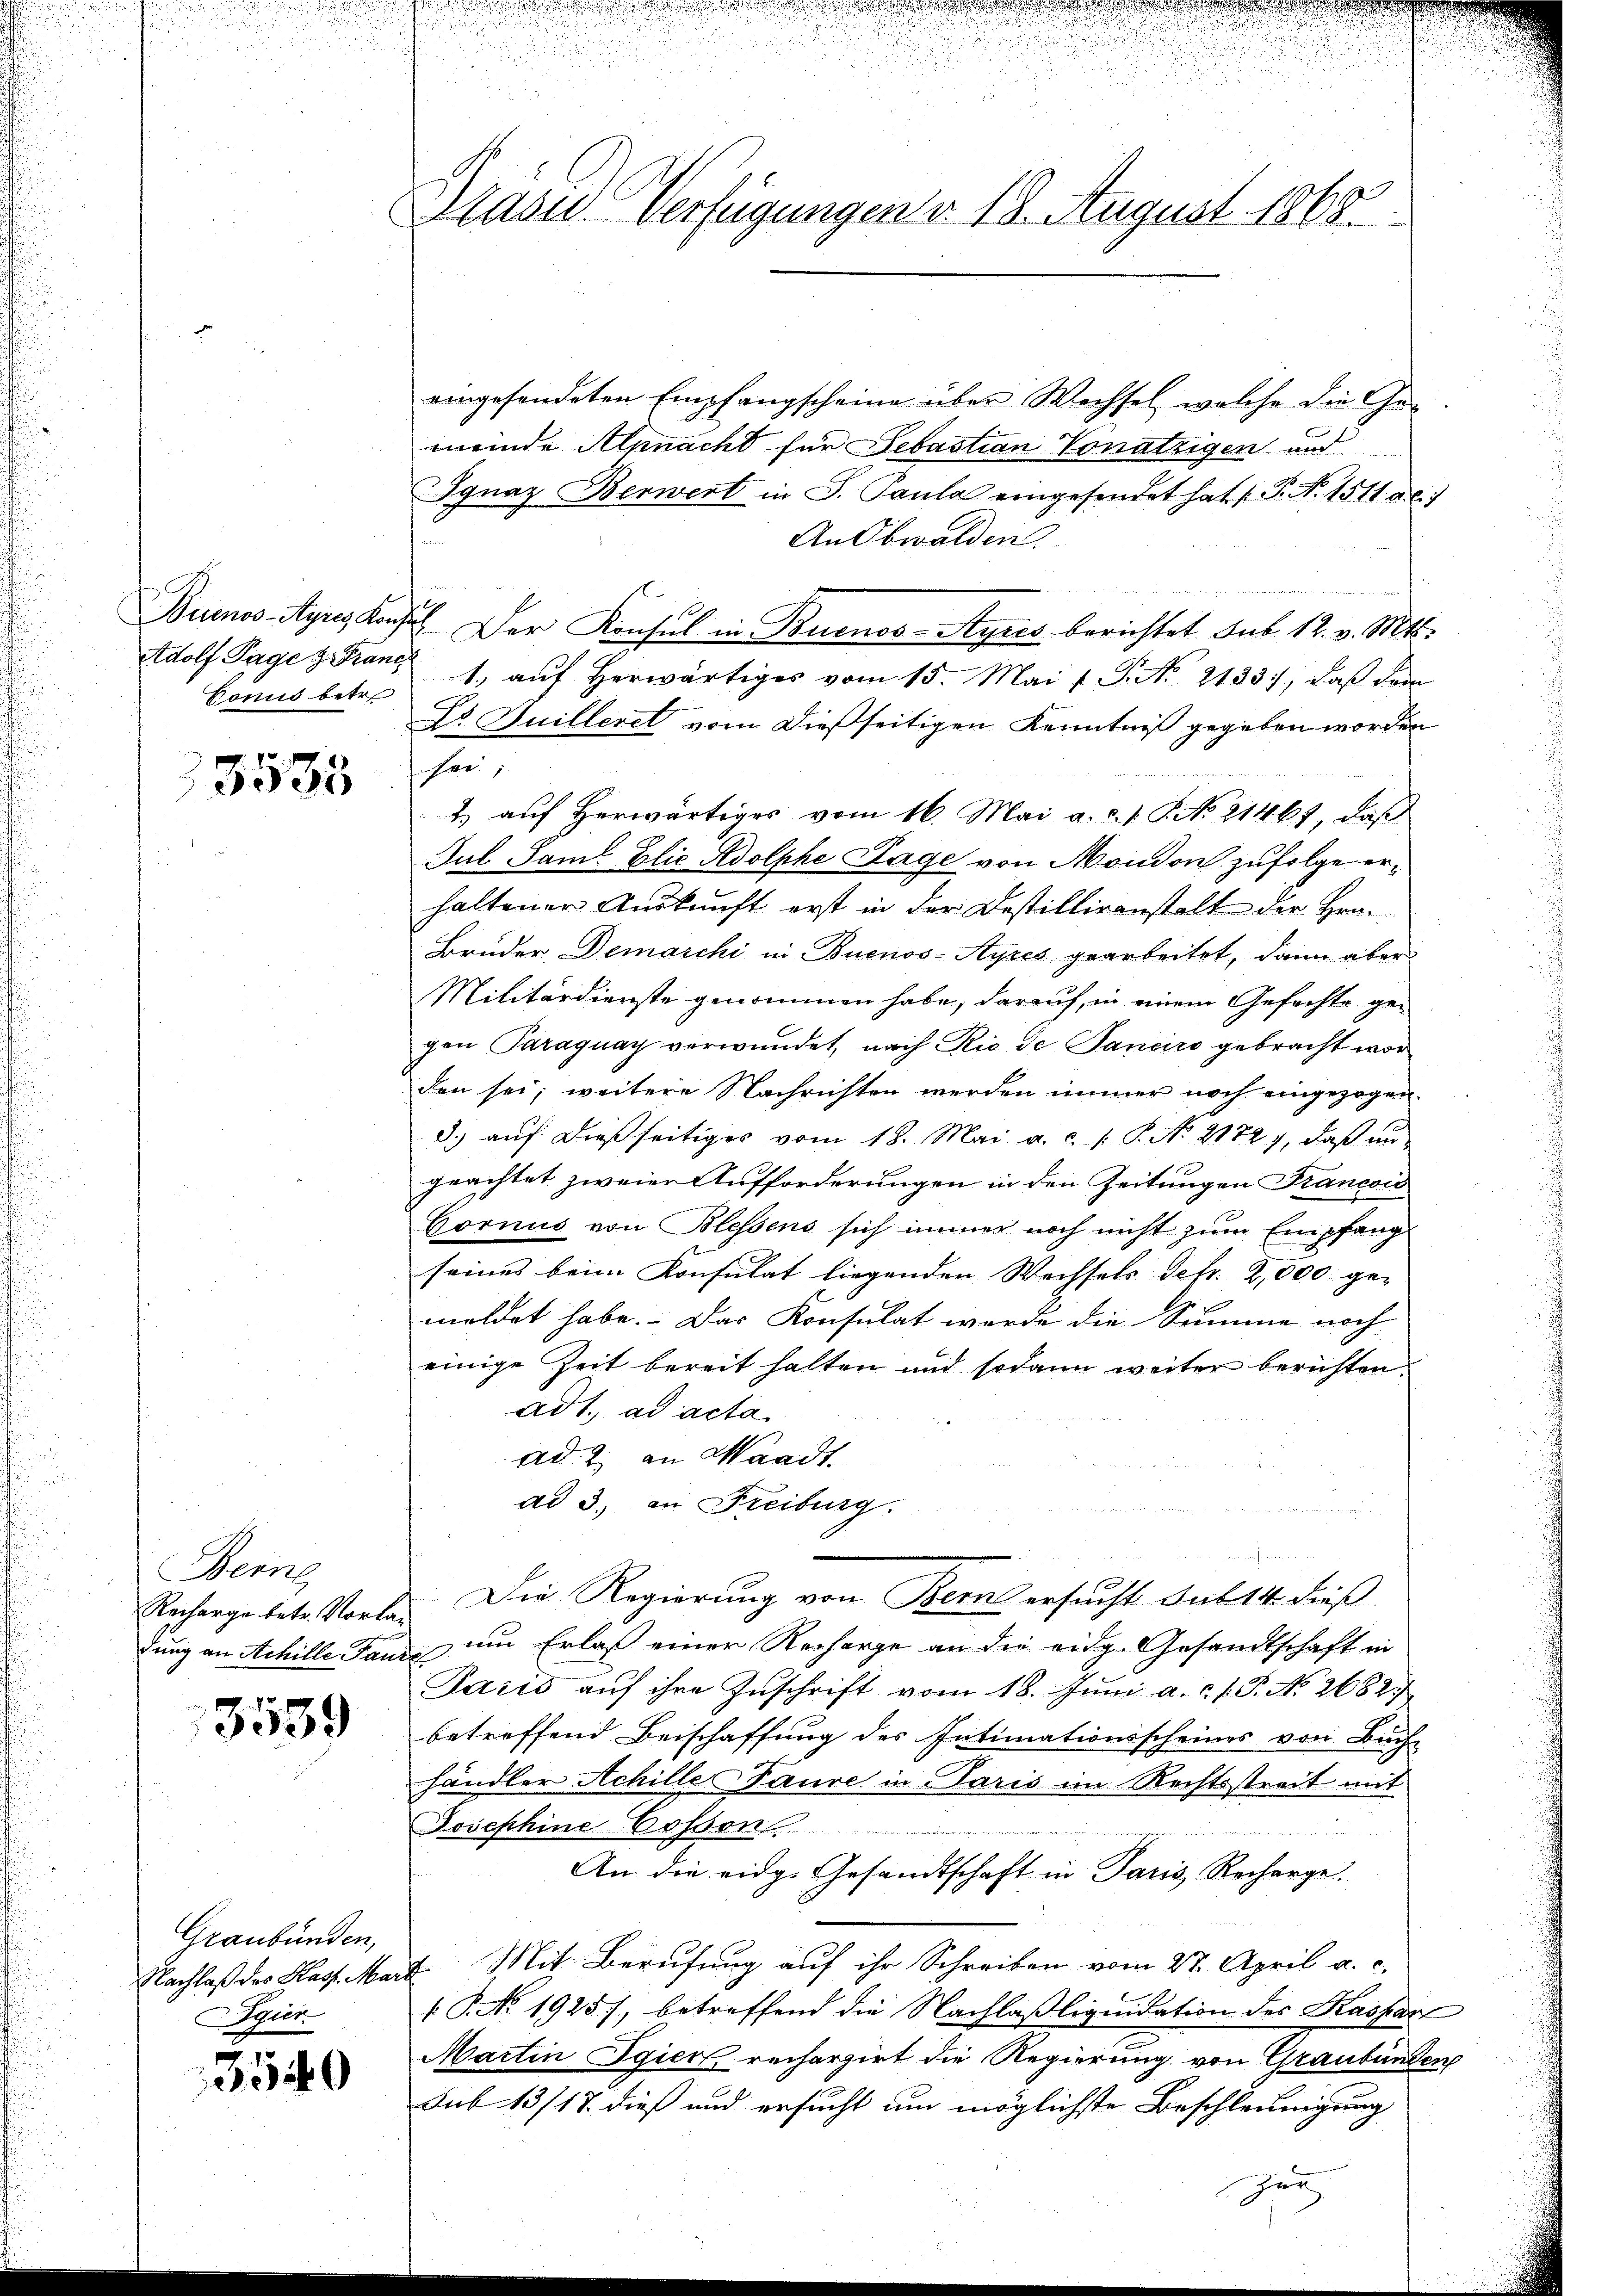
Buenos-Ayres Konfe
Adolf Tage z. Francs
Vonis betr.

3533

Wem
Recharge betr. Vorladung an Achille Paure

3539

Graubünden,
Nachlaß des Pass. Mart
Seien

3540

Präsid Verfügungen v. 18. August 1868.

eingefandeten Empfangscheine über Wechsel, welche die Ge-
meinde Annacht für Sebastian Vonätzigen und
Ignaz Berwert in S. Paula eingesendet hat P. N. 1511 Al. 1
An Obwalden.
8. Der Konsul in Buenos-Ayris berichtet sub 12. v. Mts.
1. aŭf herwärtiges vom 15. Mai 1 S. No. 2133), daß dem
Dr. Guilleret von dießseitigen Kenntniß gegeben worden

2) auf herwärtiges vom 16. Mai a.c. s. S. No 21467, daß
Jul. Samt Elie Adolphe Lage von Mondon zufolge erhaltenen Auskunft erst in der Destilliranstalt der Hrn.
Bruder Demarchi in Buenos-Ayres gearbeitet, dann aber
Militärdienste genommen habe, darauf, in einem Gefechte gegen Paraguay verwundet, nach Rio de Janeiro gebracht wor
den sei; weitere Nachrichten werden immer noch eingezogen.
d.) auf dießseitiges vom 18. Mai a. c. s. S. No. 21727, daß ungeachtet zweier Aufforderungen in den Zeitungen Francois
Cornis von Blessens sich immer noch nicht zum Empfang
seines beim Konsulat liegenden Wechsels Sefr. 2,000 gemeldet habe. Das Konsulat wurde die Summe noch
einige Zeit bereit halten und sodann weiter berichten.
ad 1. ad acta
ad 2 an Waadt.
ad 3., an Freiburg.
Die Regierung von Berns ersucht sub 114. dieß
um Erlass einer Recharge an die eidg. Gesandtschaft in
Paris auf ihre Zuschrift vom 18. Juni a.c. s. S. No. 2682.
betreffend Beischaffung des Intimationsscheines von Buch-
händler Achille Tause in Paris im Rechtsstreit mit
Josephine Cosson

An die eidg. Gesandtschaft in Paris, Recharge.
2. Mit Berufung auf ihr Schreiben vom 27. April a. c.
 P. No. 1925), betreffend die Nachlaßliquidation des Kaspar
Martin Egiert recherzirt die Regierung von Graubünden
Sub 13/17. dieß und ersucht um möglichste Beschleunigung